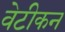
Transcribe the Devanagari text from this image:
वेटीकन